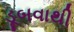
ડૂબવાથી